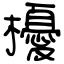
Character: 櫌